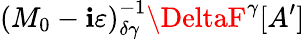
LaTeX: \left(M_{0}-\mathbf{i}\varepsilon\right)_{\delta\gamma}^{-1}\DeltaF^{\gamma}[A^{\prime}]